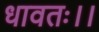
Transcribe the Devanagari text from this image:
धावतः।।